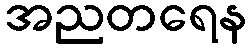
အညတရေန